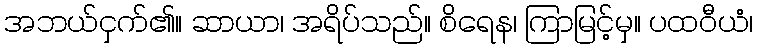
အဘယ်ငှက်၏။ ဆာယာ၊ အရိပ်သည်။ စိရေန၊ ကြာမြင့်မှ။ ပထဝီယံ၊